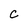
Character: C